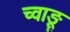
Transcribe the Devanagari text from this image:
च्वाङू